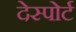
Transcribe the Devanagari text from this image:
देस्पोर्ट